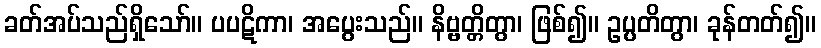
ခတ်အပ်သည်ရှိသော်။ ပပဋိကာ၊ အပွေးသည်။ နိဗ္ဗတ္တိတွာ၊ ဖြစ်၍။ ဥပ္ပတိတွာ၊ ခုန်တတ်၍။